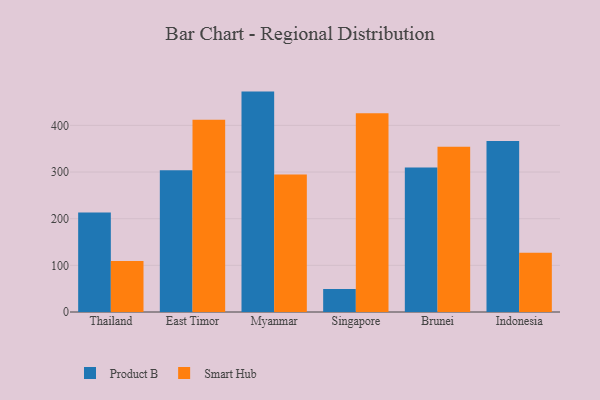
{"axis": {"x": "Country", "y": "Page Views"}, "legend": ["Product B", "Smart Hub"], "data": [{"x": "Thailand", "y": 213.3, "type": "Product B"}, {"x": "Thailand", "y": 109.4, "type": "Smart Hub"}, {"x": "East Timor", "y": 304.0, "type": "Product B"}, {"x": "East Timor", "y": 412.0, "type": "Smart Hub"}, {"x": "Myanmar", "y": 472.4, "type": "Product B"}, {"x": "Myanmar", "y": 294.9, "type": "Smart Hub"}, {"x": "Singapore", "y": 49.5, "type": "Product B"}, {"x": "Singapore", "y": 426.0, "type": "Smart Hub"}, {"x": "Brunei", "y": 309.5, "type": "Product B"}, {"x": "Brunei", "y": 354.0, "type": "Smart Hub"}, {"x": "Indonesia", "y": 366.5, "type": "Product B"}, {"x": "Indonesia", "y": 126.9, "type": "Smart Hub"}]}